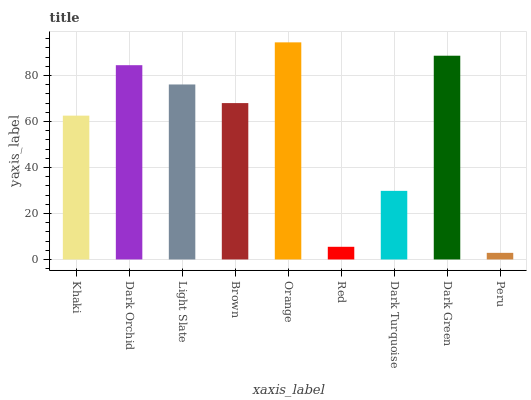
| xaxis_label | bars |
 | --- | --- |
 | Khaki | 62.6 |
 | Dark Orchid | 84.5 |
 | Light Slate | 76.1 |
 | Brown | 68 |
 | Orange | 94.5 |
 | Red | 5.51 |
 | Dark Turquoise | 29.8 |
 | Dark Green | 88.6 |
 | Peru | 2.88 |